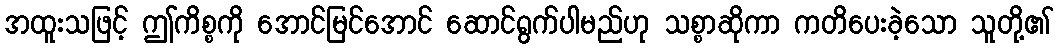
အထူးသဖြင့် ဤကိစ္စကို အောင်မြင်အောင် ဆောင်ရွက်ပါမည်ဟု သစ္စာဆိုကာ ကတိပေးခဲ့သော သူတို့၏